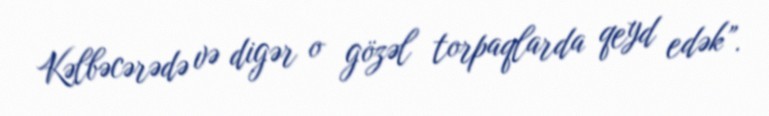
Kəlbəcərədə və digər o gözəl torpaqlarda qeyd edək”.